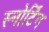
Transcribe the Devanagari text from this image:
स्नोर्टिंग